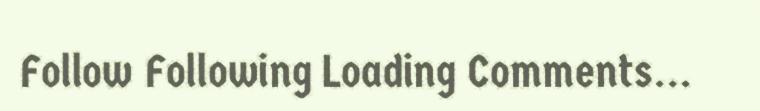
Follow Following Loading Comments...